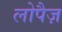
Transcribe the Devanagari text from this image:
लोपैज़